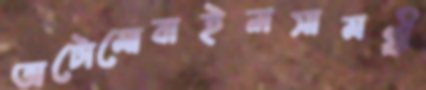
অটোমোবাইলসামগ্রী